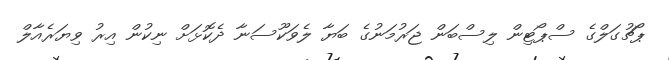
ޕޯޗުގަލްގެ ސްޕޯޓިން ލިސްބަން ޖަރުމަނުގެ ބަޔާ ލެވަކޫސަނާ ދެކޮޅަށް ނިކުން އިރު ވިޔަރެއާލް